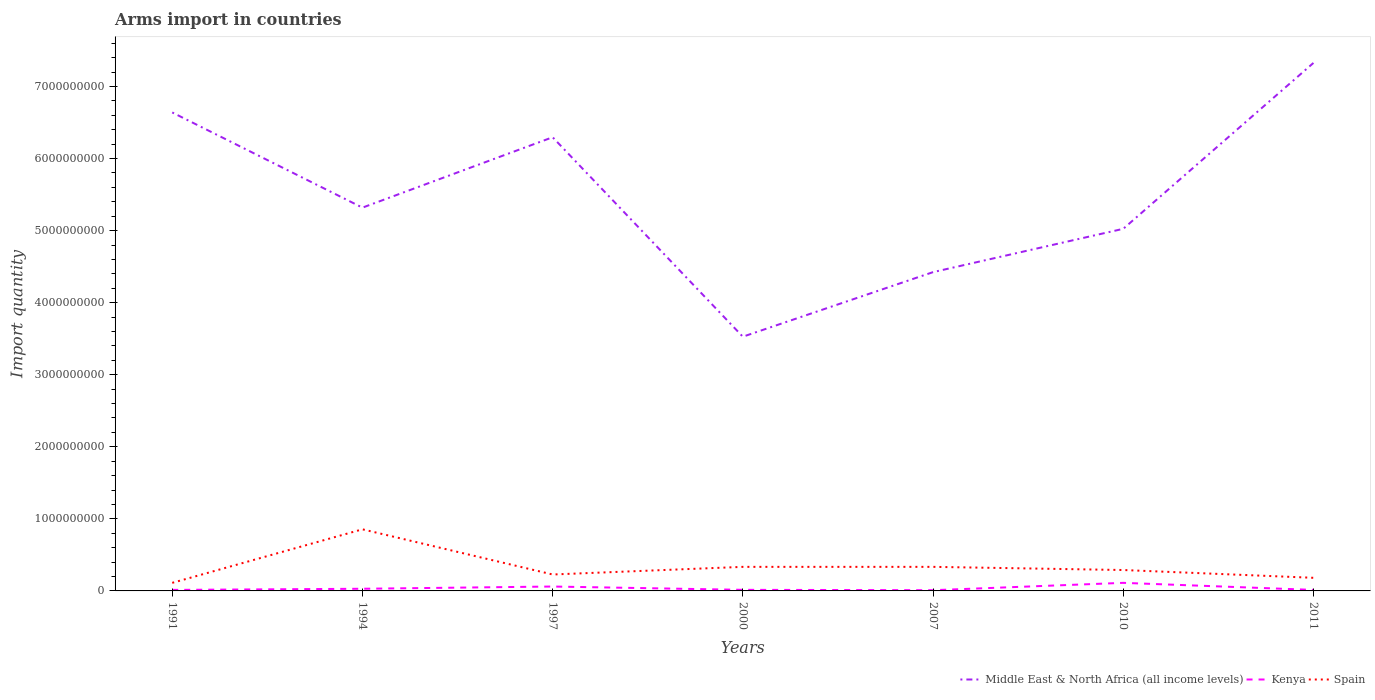
| Years | Middle East & North Africa (all income levels) | Kenya | Spain |
 | --- | --- | --- | --- |
 | 1991 | 6.64e+09 | 1.4e+07 | 1.12e+08 |
 | 1994 | 5.32e+09 | 3e+07 | 8.55e+08 |
 | 1997 | 6.3e+09 | 6.1e+07 | 2.28e+08 |
 | 2000 | 3.53e+09 | 1.5e+07 | 3.34e+08 |
 | 2007 | 4.42e+09 | 1e+07 | 3.34e+08 |
 | 2010 | 5.02e+09 | 1.12e+08 | 2.9e+08 |
 | 2011 | 7.33e+09 | 1.4e+07 | 1.82e+08 |